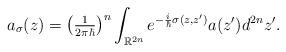
LaTeX: \begin{align*}a_{\sigma}(z)=\left( \tfrac{1}{2\pi\hbar}\right)^{n} \int_{\mathbb{R}^{2n}}e^{-\frac{i}{\hbar}\sigma(z,z^{\prime})}a(z^{\prime})d^{2n}z^{\prime}.\end{align*}